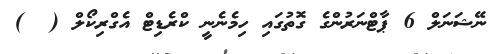
ނޭޝަނަލް 6 ޕާޓްނަރުންގެ ގޮތުގައި ހިމެނެނީ ކްރެޑިޓް އެގްރިކޯލް (  )